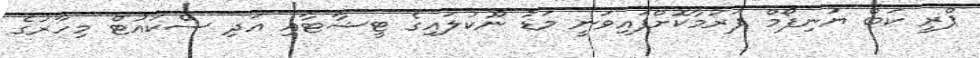
ޕްރީ ކަބް ޔުނިފޯމް ފަރުމާކޮށްފައިވަނީ މަޑު ނޫކުލައިގެ ޓީޝާޓާއި އަދި ސްކައުޓް މިހާރުގެ